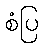
စံပြ